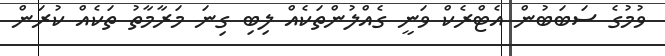
ވުމުގެ ސަބަބުން އެޓްރެކް ވަނީ ގެއްލުންތަކެއް ލިބި ގިނަ މަރާމާތު ތަކެއް ކުރަން